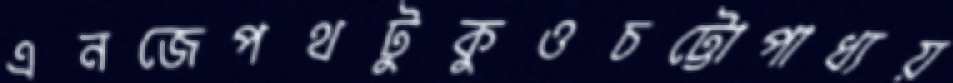
এনজেপথটুকুওচট্টোপাধ্যয়